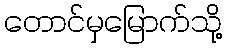
တောင်မှမြောက်သို့